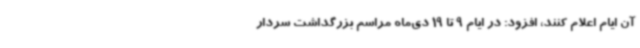
آن ایام اعلام کنند، افزود: در ایام 9 تا 19 دی‌ماه مراسم بزرگداشت سردار